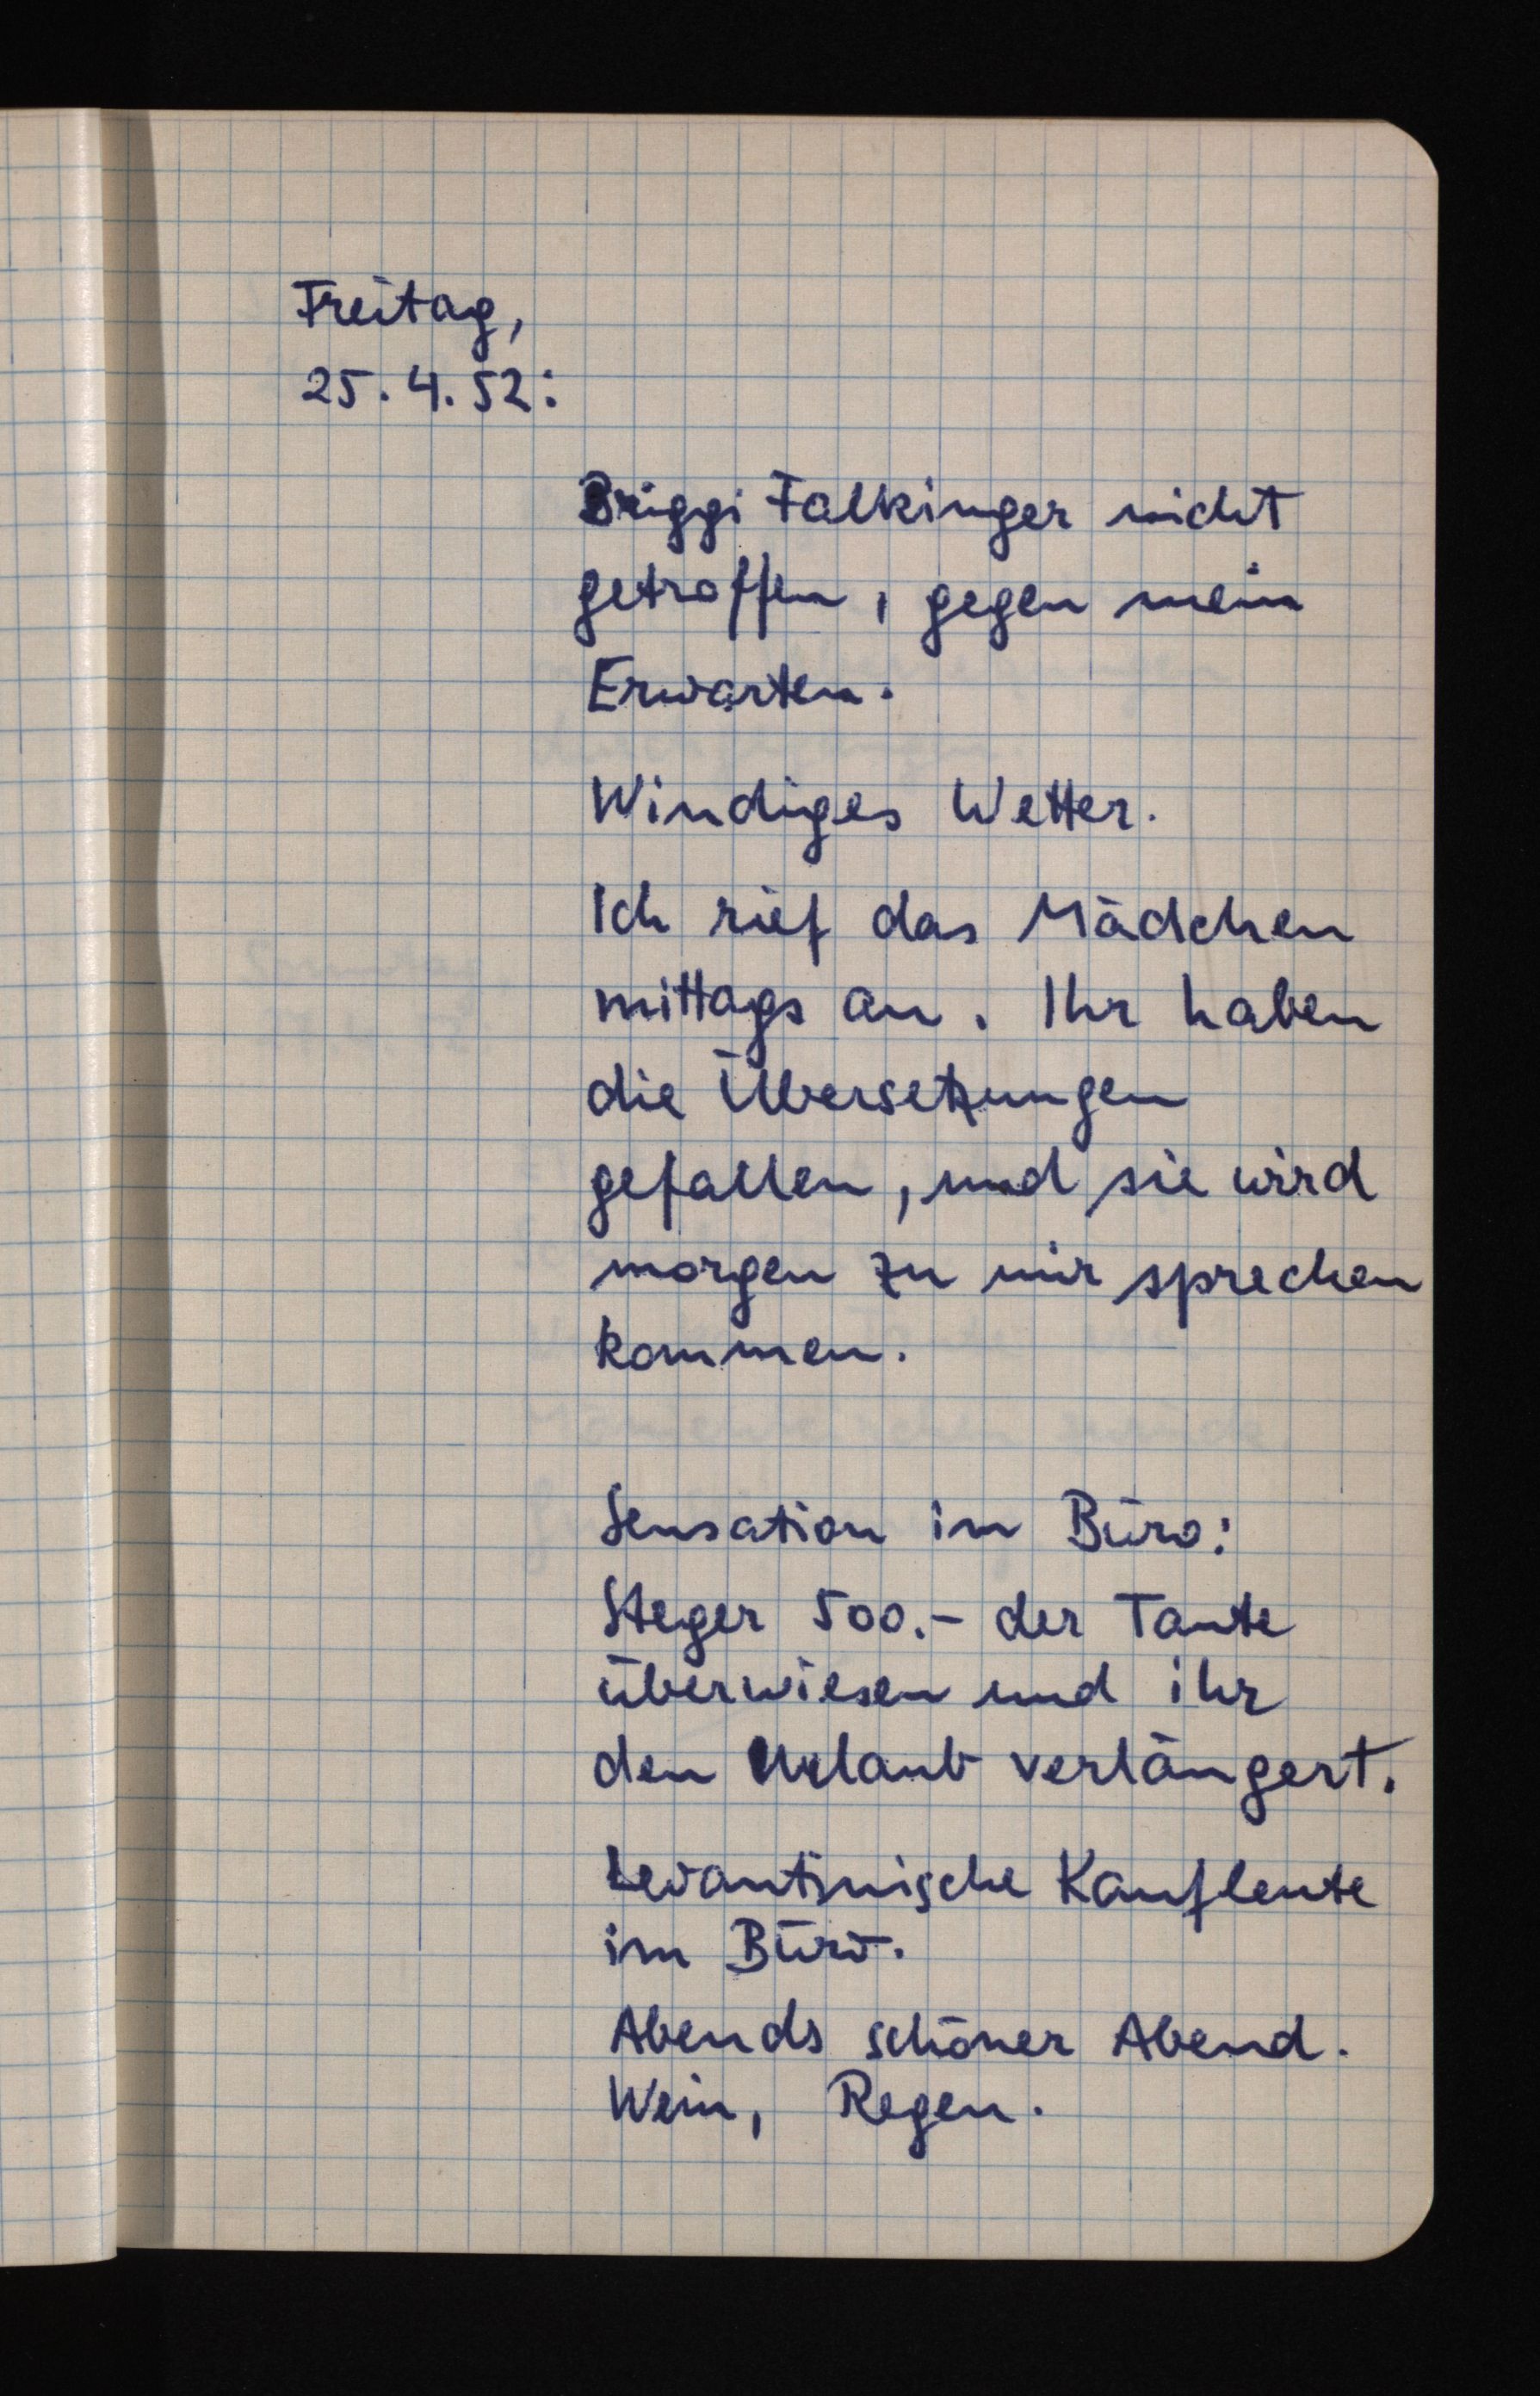
Freitag,
25.4.52:
Briggi Falkinger nicht
getroffen, gegen mein
Erwarten.
Windiges Wetter.
Ich rief das Mädchen
mittags an. Ihr haben
die Übersetzungen
gefallen, und sie wird
morgen zu mir sprechen
kommen.
Sensation im Büro:
Steger 500.- der Tante
überwiesen und ihr
den Urlaub verlängert.
Levantinische Kaufleute
im Büro.
Abends schöner Abend.
Wein, Regen.